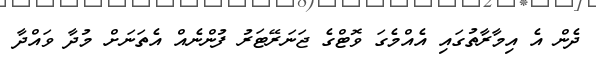
ދެން އެ އިމާރާތުގައި އެއްމެގަ ވޮޓްގެ ޖަނަރޭޓަރު ފުންނެއް އެތަނަށް މުދާ ވައްދާ